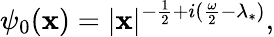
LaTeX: \psi_{0}(\mathbf{x})=|\mathbf{x}|^{-\frac{{1}}{{2}}+i(\frac{{\omega}}{{2}}-\lambda_{*})},